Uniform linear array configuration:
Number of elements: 4
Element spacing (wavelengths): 0.75
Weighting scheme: cosine
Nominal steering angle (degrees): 60
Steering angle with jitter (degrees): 61.744
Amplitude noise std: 0.05
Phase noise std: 0.05

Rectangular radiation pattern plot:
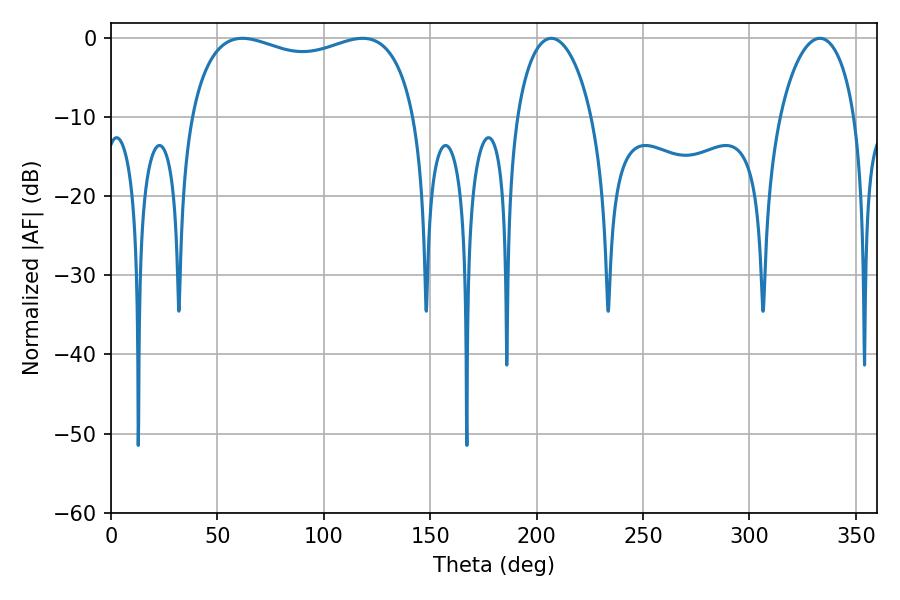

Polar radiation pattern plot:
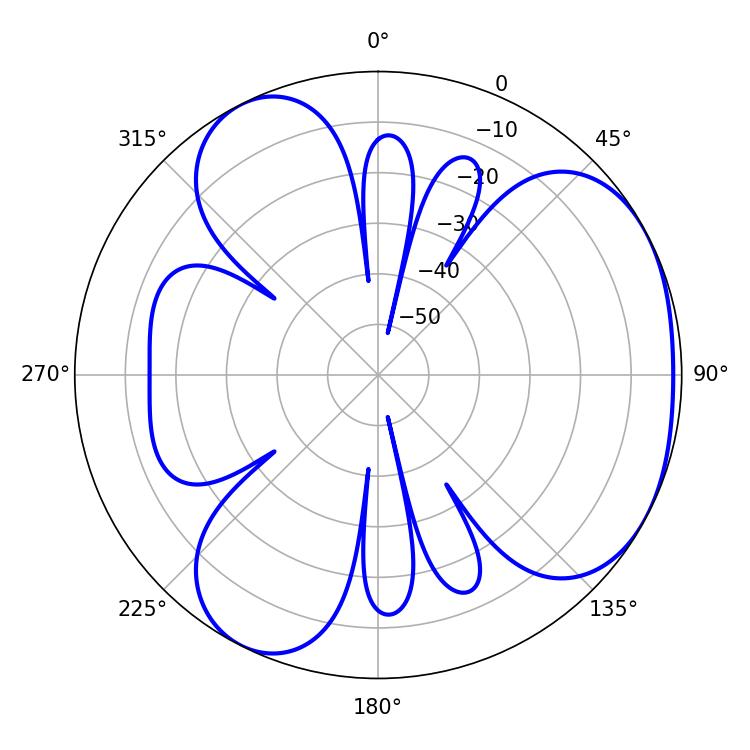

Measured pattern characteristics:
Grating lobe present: TRUE
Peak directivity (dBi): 3.817
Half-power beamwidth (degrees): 87.12
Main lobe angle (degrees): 61.74